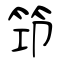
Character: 笻